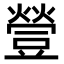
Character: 䝁